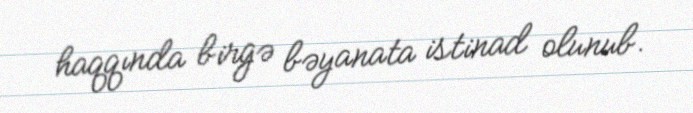
haqqında birgə bəyanata istinad olunub.